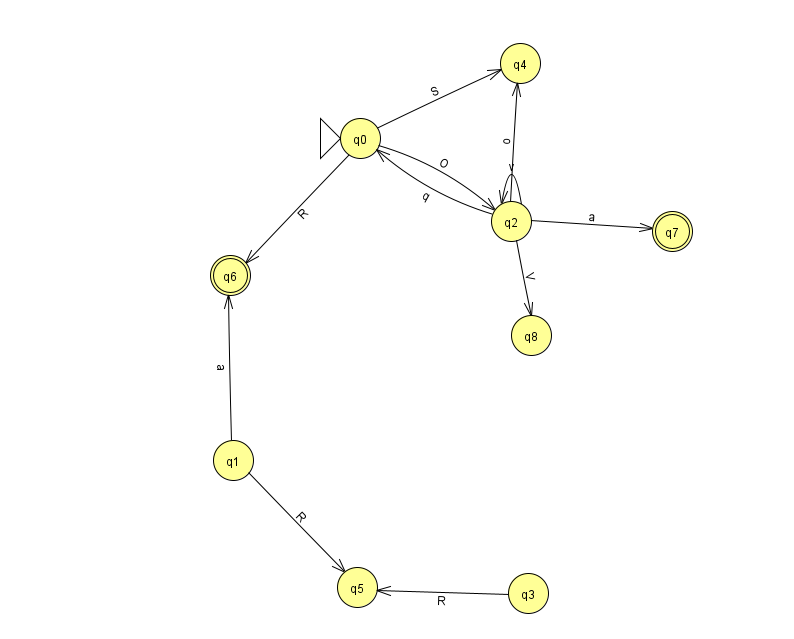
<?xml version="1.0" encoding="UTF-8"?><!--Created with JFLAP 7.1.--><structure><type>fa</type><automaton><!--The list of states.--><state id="0" name="q0"><x>360.0</x><y>125.0</y><initial/></state><state id="1" name="q1"><x>233.0</x><y>447.0</y></state><state id="2" name="q2"><x>511.0</x><y>208.0</y></state><state id="3" name="q3"><x>528.0</x><y>580.0</y></state><state id="4" name="q4"><x>520.0</x><y>50.0</y></state><state id="5" name="q5"><x>357.0</x><y>574.0</y></state><state id="6" name="q6"><x>230.0</x><y>262.0</y><final/></state><state id="7" name="q7"><x>672.0</x><y>218.0</y><final/></state><state id="8" name="q8"><x>531.0</x><y>322.0</y></state><!--The list of transitions.--><transition><from>2</from><to>8</to><read>V</read></transition><transition><from>0</from><to>4</to><read>S</read></transition><transition><from>2</from><to>0</to><read>q</read></transition><transition><from>2</from><to>2</to><read>v</read></transition><transition><from>3</from><to>5</to><read>R</read></transition><transition><from>1</from><to>5</to><read>R</read></transition><transition><from>0</from><to>6</to><read>R</read></transition><transition><from>0</from><to>2</to><read>O</read></transition><transition><from>1</from><to>6</to><read>a</read></transition><transition><from>2</from><to>4</to><read>o</read></transition><transition><from>2</from><to>7</to><read>a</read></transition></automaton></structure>